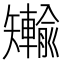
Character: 𪿐